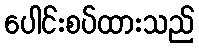
ပေါင်းစပ်ထားသည်